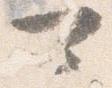
可